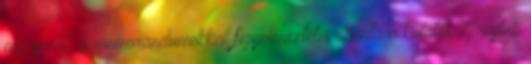
mit csinál: a memorandumokkal figyelmeztetni akarta a kutatókat, rajtuk